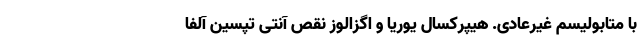
با متابولیسم غیرعادی. هیپرکسال یوریا و اگزالوز نقص آنتی تپسین آلفا